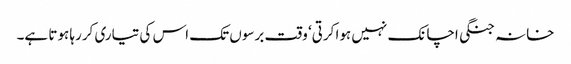
خانہ جنگی اچانک نہیں ہوا کرتی‘ وقت برسوں تک اس کی تیاری کررہا ہوتا ہے۔